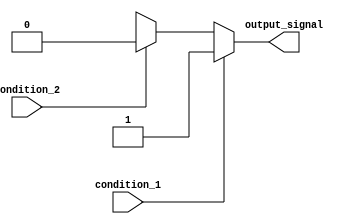
module if_else_ladder_statement (
    input wire condition_1,
    input wire condition_2,
    output reg output_signal
);

always @(*) begin
    if (condition_1) begin
        output_signal = 1'b1;
    end
    else if (condition_2) begin
        output_signal = 1'b0;
    end
    else begin
        output_signal = 1'bX;
    end
end

endmodule